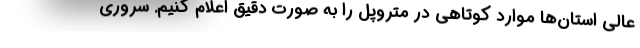
عالی استان‌ها موارد کوتاهی در متروپل را به صورت دقیق اعلام کنیم. سروری